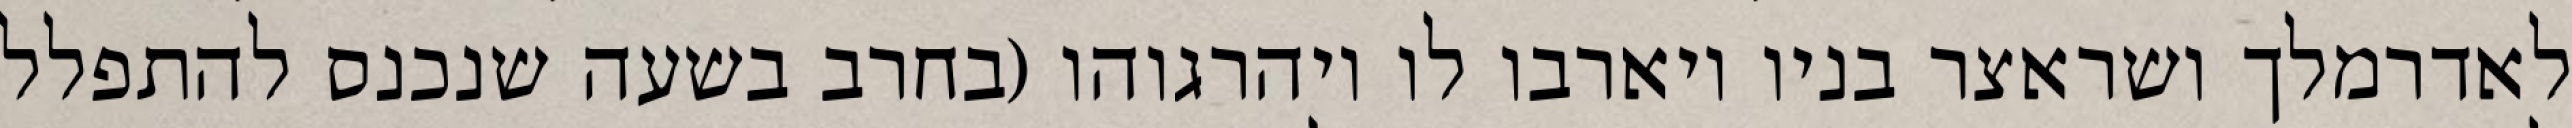
לאדרמלך ושראצר בניו ויארבו לו ויהרגוהו (בחרב בשעה שנכנס להתפלל